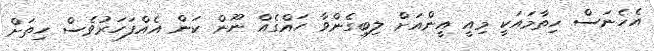
އެހެނަސް ހިތާމައަކީ މިއީ އީންއަށް ލިބިގެންވާ ހައްގެއް ނޫން ކަން އެއްފަހަރުވެސް ހިތަށް